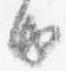
由